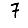
Digit: 7